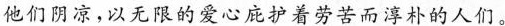
他们阴凉，以无限的爱心庇护着劳苦而淳朴的人们。